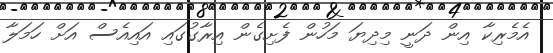
އެމެރިކާ އިން ދަނީ މިދިޔަ މަހުން ފެށިގެން އިރާގުގައި އައިއެސް އަށް ހަމަލާ